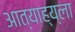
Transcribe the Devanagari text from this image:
आत्याह्य्ला